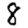
Digit: 8